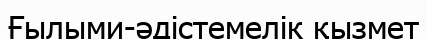
Ғылыми-әдістемелік қызмет